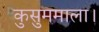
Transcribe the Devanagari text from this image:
कुसुममाला।